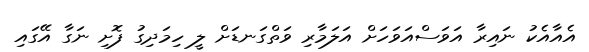
އެއާއެކު ނައިރާ އަވަސްއަވަހަށް އަލަމާރި ވަތްގަނޑަށް ލީ ހިމަދިގު ފޮށި ނަގާ އޭގައި